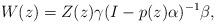
LaTeX: \begin{align*}W(z)=Z(z)\gamma(I-p(z)\alpha)^{-1}\beta,\end{align*}